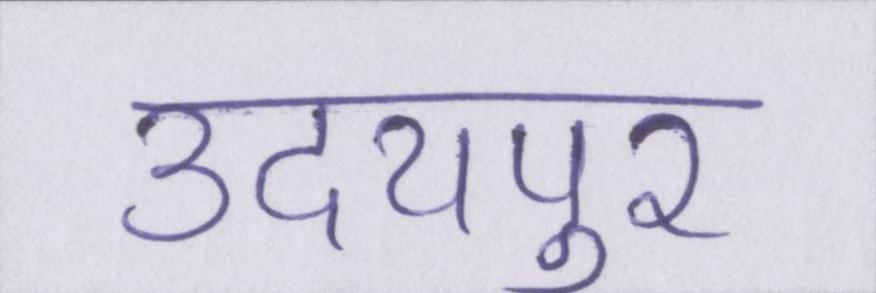
उदयपुर